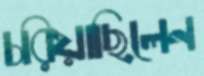
চরিয়াছিলেন